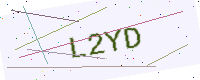
Text: L2YD